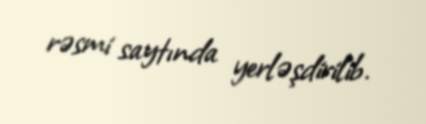
rəsmi saytında yerləşdirilib.